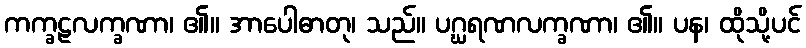
ကက္ခဠလက္ခဏာ၊ ၏။ အာပေါဓာတု၊ သည်။ ပဂ္ဃရဏလက္ခဏာ၊ ၏။ ပန၊ ထိုသို့ပင်